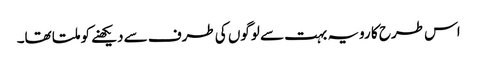
اس طرح کا رویہ بہت سے لوگوں کی طرف سے دیکھنے کو ملتا تھا۔